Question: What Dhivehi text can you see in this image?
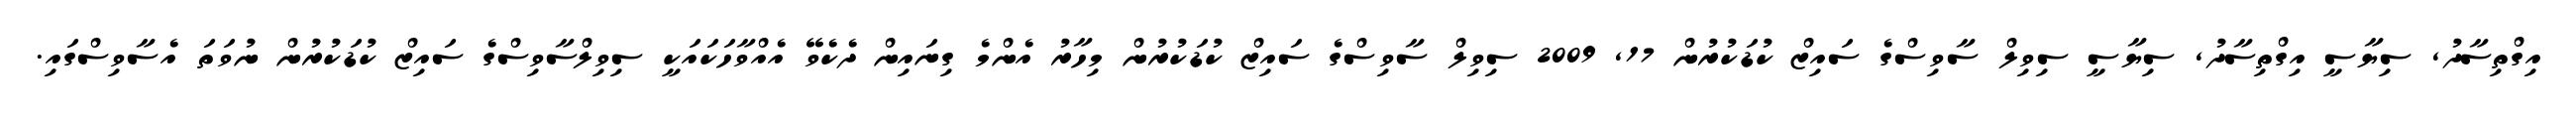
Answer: އިގްތިސާދު, ސިޔާސީ އިގްތިސާދު, ސިޔާސީ ސިވިލް ސާވިސްގެ ސައިޒް ކުޑަކުރުން 17, 2009 ސިވިލް ސާވިސްގެ ސައިޒް ކުޑަކުރުން މިހާރު އެންމެ ގިނައިން ދެކެވޭ އެއްވާހަކައަކީ ސިވިލްސާވިސްގެ ސައިޒް ކުޑަކުރުން ނުވަތަ އެސާވިސްގައި.